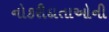
નોકરીદાતાઓની